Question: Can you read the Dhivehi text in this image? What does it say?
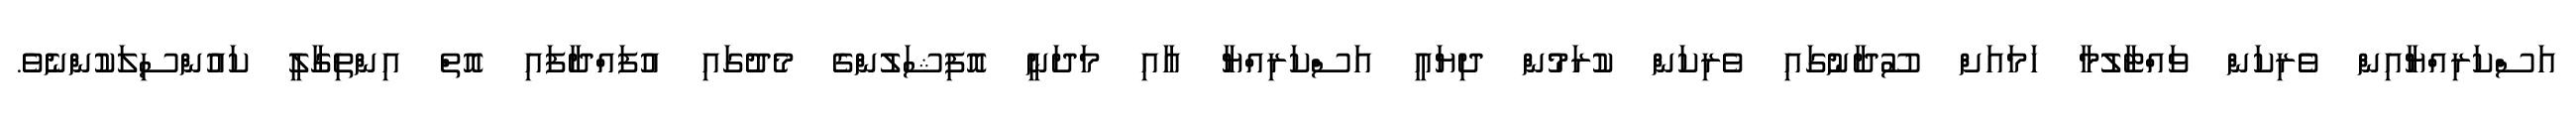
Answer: އަސްކަރިއްޔާއިން ވެރިކަން ވައްޓާލުމާ ހަމައަށް ސޫދާނުގައި ވެރިކަން ކުރަމުން ދިޔައީ އަސްކަރިއްޔާ އާއި މަދަނީ އޮފިޝަލުންގެ މެދުގައި އުފައްދާފައި އޮތް އިންތިގާލީ ކައުންސިލަކުންނެވެ.